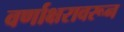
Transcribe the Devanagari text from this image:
वर्णाक्षरावरून